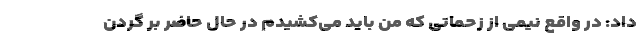
داد: در واقع نیمی از زحماتی که من باید می‌کشیدم در حال حاضر بر گردن